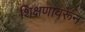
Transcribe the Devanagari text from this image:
शिक्षणावरून